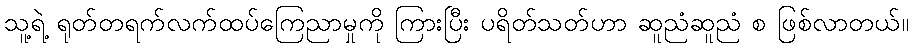
သူ့ရဲ့ ရုတ်တရက်လက်ထပ်ကြေညာမှုကို ကြားပြီး ပရိတ်သတ်ဟာ ဆူညံဆူညံ စ ဖြစ်လာတယ်။